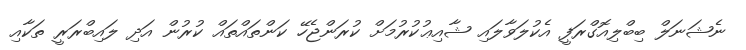
ނެޝަނަލް ބިބްލިއޮގްރަފީ އެކުލަވާލައި ޝާއިޢުކުރުމަށް ކުރަންޖެހޭ ކަންތައްތައް ކުރުން އަދި ލައިބްރަރީ ތަކާއި